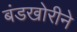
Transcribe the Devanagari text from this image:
बंडखोरीने